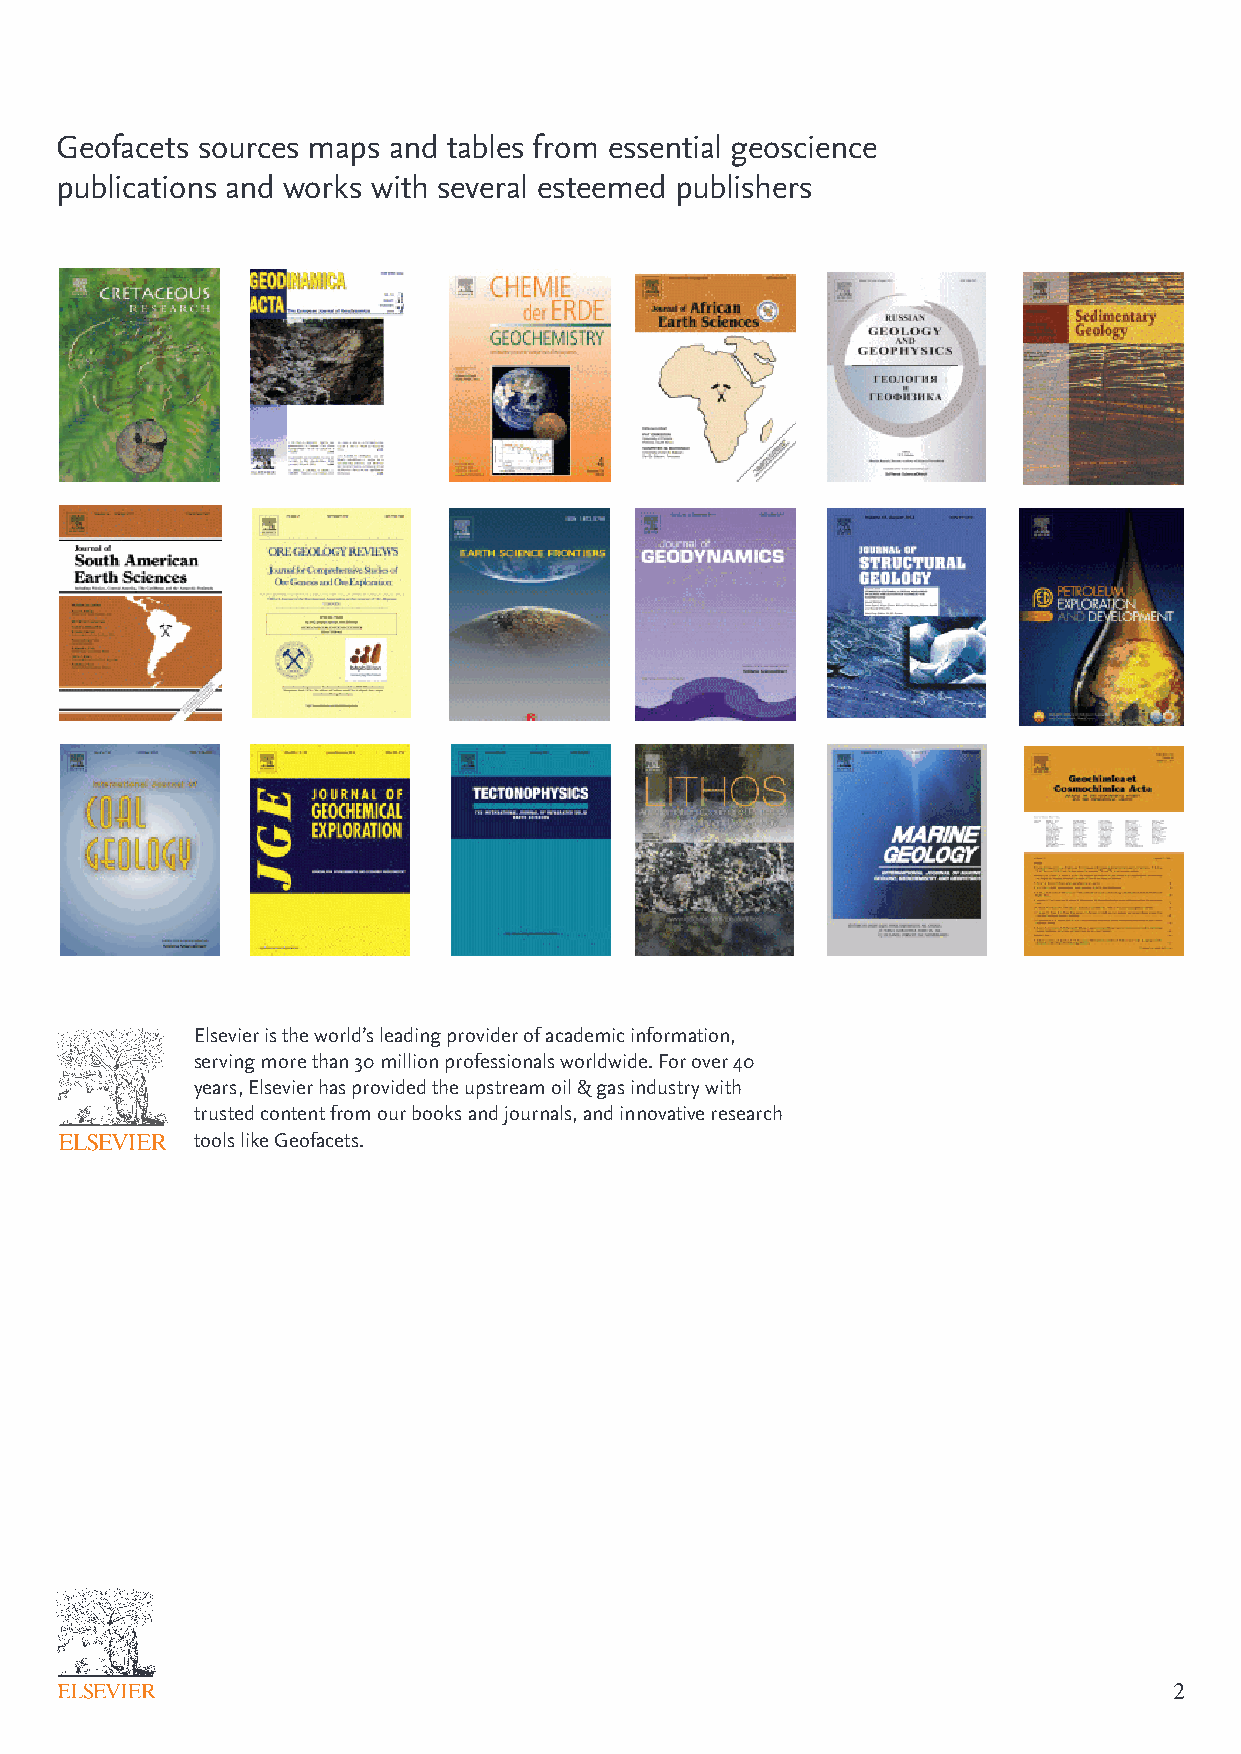
Geofacets sources maps and tables from essential geoscience
 publications and works with several esteemed publishers
 Elsevier is the world’s leading provider of academic information,
 serving more than 30 million professionals worldwide. For over 40
 years, Elsevier has provided the upstream oil & gas industry with
 trusted content from our books and journals, and innovative research
 tools like Geofacets.
 2                                                                                 3